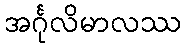
အင်္ဂုလိမာလဿ